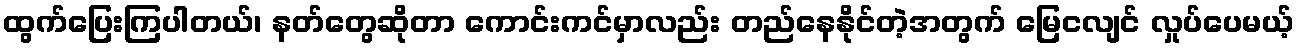
ထွက်ပြေးကြပါတယ်၊ နတ်တွေဆိုတာ ကောင်းကင်မှာလည်း တည်နေနိုင်တဲ့အတွက် မြေငလျင် လှုပ်ပေမယ့်